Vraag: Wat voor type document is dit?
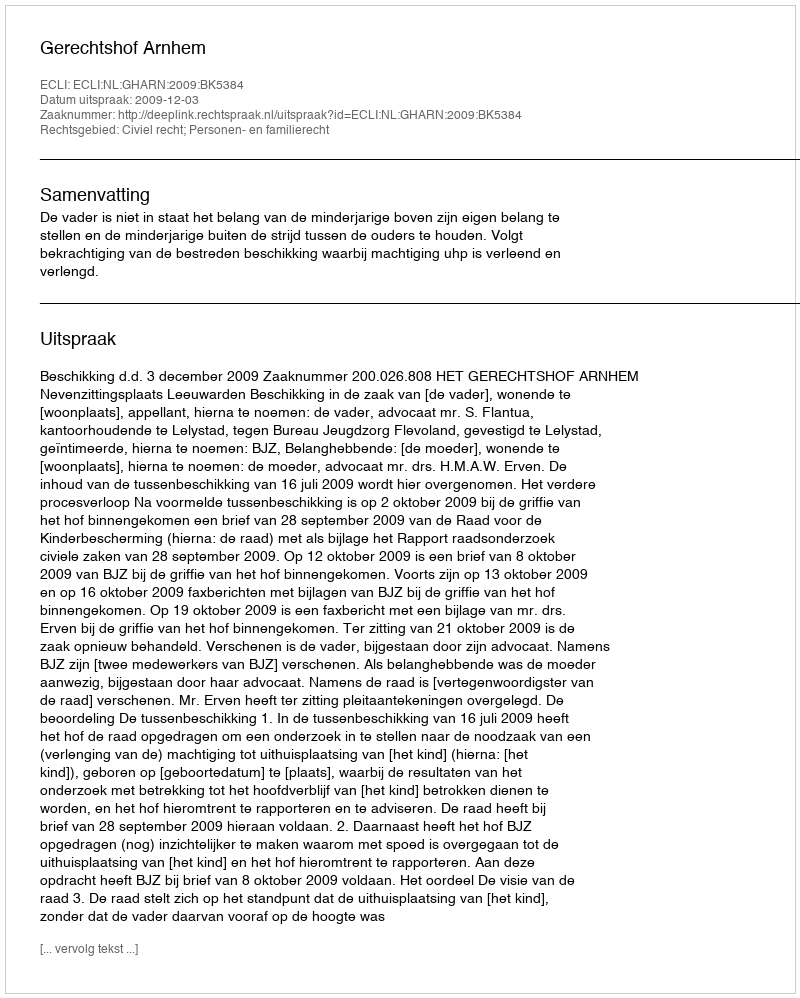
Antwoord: Uitspraak